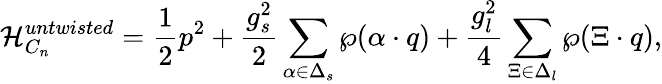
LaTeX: {\cal H}_{C_{n}}^{untwisted}={\frac{1}{2}}p^{2}+{\frac{g_{s}^{2}}{2}}\sum_{\alpha\in\Delta_{s}}\wp(\alpha\cdot q)+{\frac{g_{l}^{2}}{4}}\sum_{\Xi\in\Delta_{l}}\wp(\Xi\cdot q),